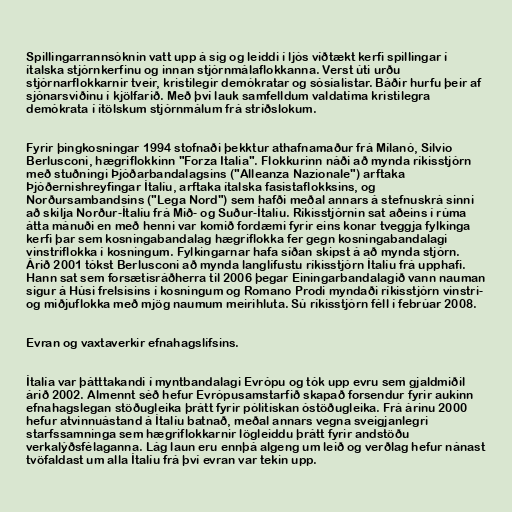
Spillingarrannsóknin vatt upp á sig og leiddi í ljós víðtækt kerfi spillingar í
ítalska stjórnkerfinu og innan stjórnmálaflokkanna. Verst úti urðu
stjórnarflokkarnir tveir, kristilegir demókratar og sósíalistar. Báðir hurfu þeir af
sjónarsviðinu í kjölfarið. Með því lauk samfelldum valdatíma kristilegra
demókrata í ítölskum stjórnmálum frá stríðslokum.

Fyrir þingkosningar 1994 stofnaði þekktur athafnamaður frá Mílanó, Silvio
Berlusconi, hægriflokkinn "Forza Italia". Flokkurinn náði að mynda ríkisstjórn
með stuðningi Þjóðarbandalagsins ("Alleanza Nazionale") arftaka
Þjóðernishreyfingar Ítalíu, arftaka ítalska fasistaflokksins, og
Norðursambandsins ("Lega Nord") sem hafði meðal annars á stefnuskrá sinni
að skilja Norður-Ítalíu frá Mið- og Suður-Ítalíu. Ríkisstjórnin sat aðeins í rúma
átta mánuði en með henni var komið fordæmi fyrir eins konar tveggja fylkinga
kerfi þar sem kosningabandalag hægriflokka fer gegn kosningabandalagi
vinstriflokka í kosningum. Fylkingarnar hafa síðan skipst á að mynda stjórn.
Árið 2001 tókst Berlusconi að mynda langlífustu ríkisstjórn Ítalíu frá upphafi.
Hann sat sem forsætisráðherra til 2006 þegar Einingarbandalagið vann nauman
sigur á Húsi frelsisins í kosningum og Romano Prodi myndaði ríkisstjórn vinstri-
og miðjuflokka með mjög naumum meirihluta. Sú ríkisstjórn féll í febrúar 2008.

Evran og vaxtaverkir efnahagslífsins.

Ítalía var þátttakandi í myntbandalagi Evrópu og tók upp evru sem gjaldmiðil
árið 2002. Almennt séð hefur Evrópusamstarfið skapað forsendur fyrir aukinn
efnahagslegan stöðugleika þrátt fyrir pólitískan óstöðugleika. Frá árinu 2000
hefur atvinnuástand á Ítalíu batnað, meðal annars vegna sveigjanlegri
starfssamninga sem hægriflokkarnir lögleiddu þrátt fyrir andstöðu
verkalýðsfélaganna. Lág laun eru ennþá algeng um leið og verðlag hefur nánast
tvöfaldast um alla Ítalíu frá því evran var tekin upp.